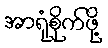
အာရုံစိုက်ဖို့